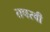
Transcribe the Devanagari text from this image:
तपस्‍वी